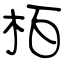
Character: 栢